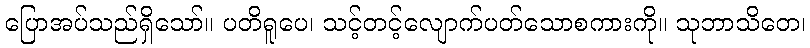
ပြောအပ်သည်ရှိသော်။ ပတိရူပေ၊ သင့်တင့်လျောက်ပတ်သောစကားကို။ သုဘာသိတေ၊